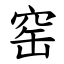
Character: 窑